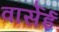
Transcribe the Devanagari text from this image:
वार्सेई